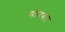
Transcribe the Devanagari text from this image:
संप्रदयात